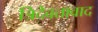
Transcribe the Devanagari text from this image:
त्रिदेवतावाद